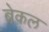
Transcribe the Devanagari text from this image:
ब्रेकल